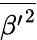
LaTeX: \overline{{{\beta^{\prime}}^{2}}}